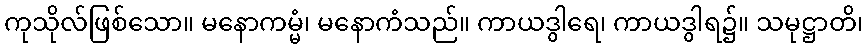
ကုသိုလ်ဖြစ်သော။ မနောကမ္မံ၊ မနောကံသည်။ ကာယဒွါရေ၊ ကာယဒွါရ၌။ သမုဋ္ဌာတိ၊